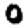
Digit: 0